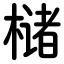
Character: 槠